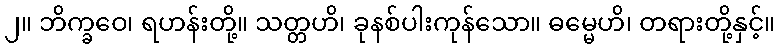
၂။ ဘိက္ခဝေ၊ ရဟန်းတို့။ သတ္တဟိ၊ ခုနစ်ပါးကုန်သော။ ဓမ္မေဟိ၊ တရားတို့နှင့်။